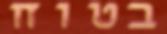
בטוח